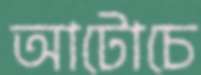
আটোচে